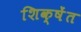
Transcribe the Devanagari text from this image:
शिक्षेंत